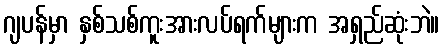
ဂျပန်မှာ နှစ်သစ်ကူးအားလပ်ရက်များက အရှည်ဆုံးဘဲ။